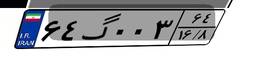
۶۴گ۰۰۳۶۴